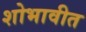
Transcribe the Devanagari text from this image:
शोभावीत